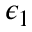
\epsilon _ { 1 }